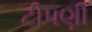
ટીપણી